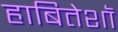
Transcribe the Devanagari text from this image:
हाबितेशॉ